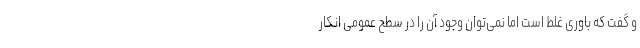
و گفت که باوری غلط است اما نمی‌توان وجود آن را در سطح عمومی انکار